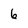
Character: 6